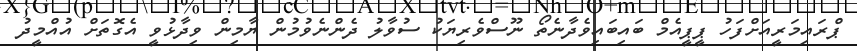
ޕްރައިމަރީއަށްފަހު ޕީޕީއެމް ބައިބައިވެދާނެތޯ ނޫސްވެރިޔަކު ސުވާލު ދެންނެވުމުން ޔާމިން ވިދާޅުވީ އެގޮތަށް އުއްމީދު